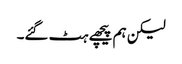
لیکن ہم پیچھے ہٹ گئے۔